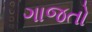
ગાજતો